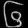
Digit: ၆